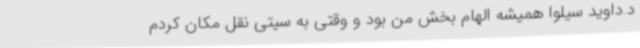
د.داوید سیلوا همیشه الهام بخش من بود و وقتی به سیتی نقل مکان کردم